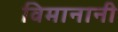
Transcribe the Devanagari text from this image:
विमानानी